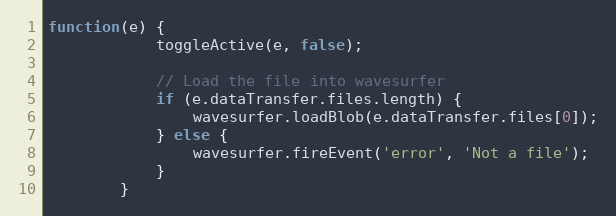
Language: JavaScript
function(e) {
            toggleActive(e, false);

            // Load the file into wavesurfer
            if (e.dataTransfer.files.length) {
                wavesurfer.loadBlob(e.dataTransfer.files[0]);
            } else {
                wavesurfer.fireEvent('error', 'Not a file');
            }
        }